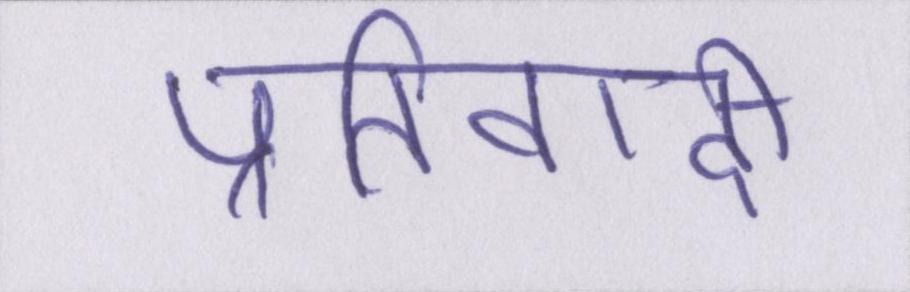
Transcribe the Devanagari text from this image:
प्रतिवादी